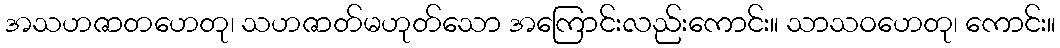
အသဟဇာတဟေတု၊ သဟဇာတ်မဟုတ်သော အကြောင်းလည်းကောင်း။ သာသဝဟေတု၊ ကောင်း။